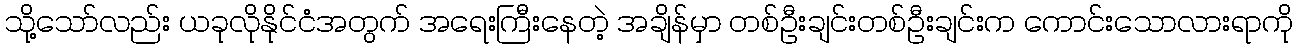
သို့သော်လည်း ယခုလိုနိုင်ငံအတွက် အရေးကြီးနေတဲ့ အချိန်မှာ တစ်ဦးချင်းတစ်ဦးချင်းက ကောင်းသောလားရာကို